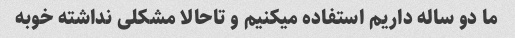
ما دو ساله داریم استفاده میکنیم و تاحالا مشکلی نداشته خوبه